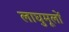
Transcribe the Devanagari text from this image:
लाघुमूलों